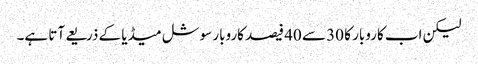
لیکن اب کاروبار کا 30 سے 40 فیصد کاروبار سوشل میڈیا کے ذریعے آتا ہے۔